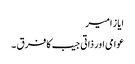
ایاز امیر
عوامی اور ذاتی جیب کا فرق ۔